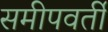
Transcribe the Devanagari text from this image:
समीपवर्तीं